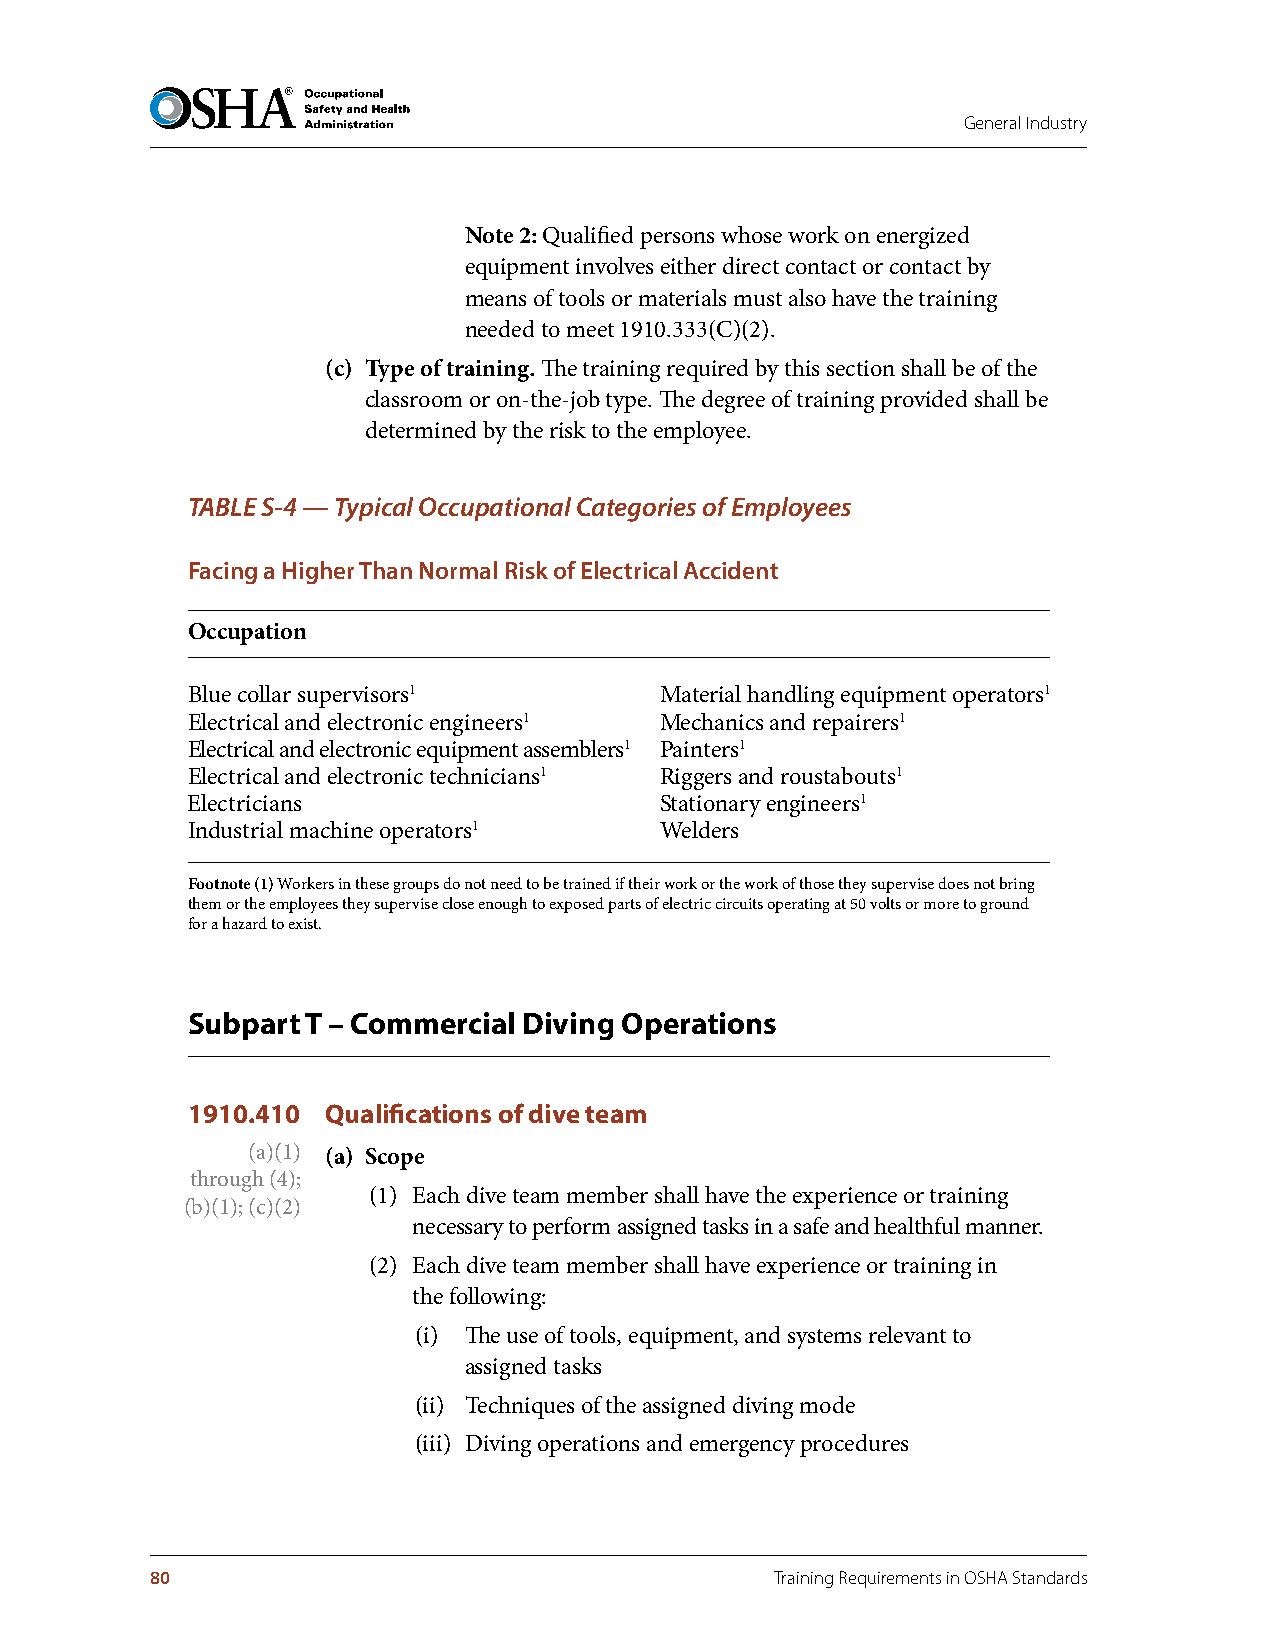
General Industry
 Note 2: Qualified persons whose work on energized
 equipment involves either direct contact or contact by
 means of tools or materials must also have the training
 needed to meet 1910.333(C)(2).
 (c) Type of training . The training required by this section shall be of the
 classroom or on-the-job type. The degree of training provided shall be
 determined by the risk to the employee.
 TABLE S-4 — Typical Occupational Categories of Employees
 Facing a Higher Than Normal Risk of Electrical Accident
 Occupation
 Blue collar supervisors1        Material handling equipment operators1
 Electrical and electronic engineers1 Mechanics and repairers1
 Electrical and electronic equipment assemblers1 Painters1
 Electrical and electronic technicians1 Riggers and roustabouts1
 Electricians                    Stationary engineers1
 Industrial machine operators1   Welders
 Footnote (1) Workers in these groups do not need to be trained if their work or the work of those they supervise does not bring
 them or the employees they supervise close enough to exposed parts of electric circuits operating at 50 volts or more to ground
 for a hazard to exist.
 Subpart T – Commercial Diving Operations
 1910.410  Qualifications of dive team
 (a)(1) (a) Scope
 through (4);
 (1) Each dive team member shall have the experience or training
 (b)(1); (c)(2)
 necessary to perform assigned tasks in a safe and healthful manner.
 (2) Each dive team member shall have experience or training in
 the following:
 (i) The use of tools, equipment, and systems relevant to
 assigned tasks
 (ii) Techniques of the assigned diving mode
 (iii) Diving operations and emergency procedures
 80                                       Training Requirements in OSHA Standards